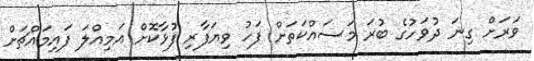
ވަރަށް ގިނަ ދުވަހުގެ ބުރަ މަސައްކަތަށް ފަހު ވިޔަފާރި ފުޅާކޮށް އަމިއްލަ ފައިމައްޗަށް